65_HS1-834228961_62-HQ-83894_Section_7
Agency: FBI
Page 49
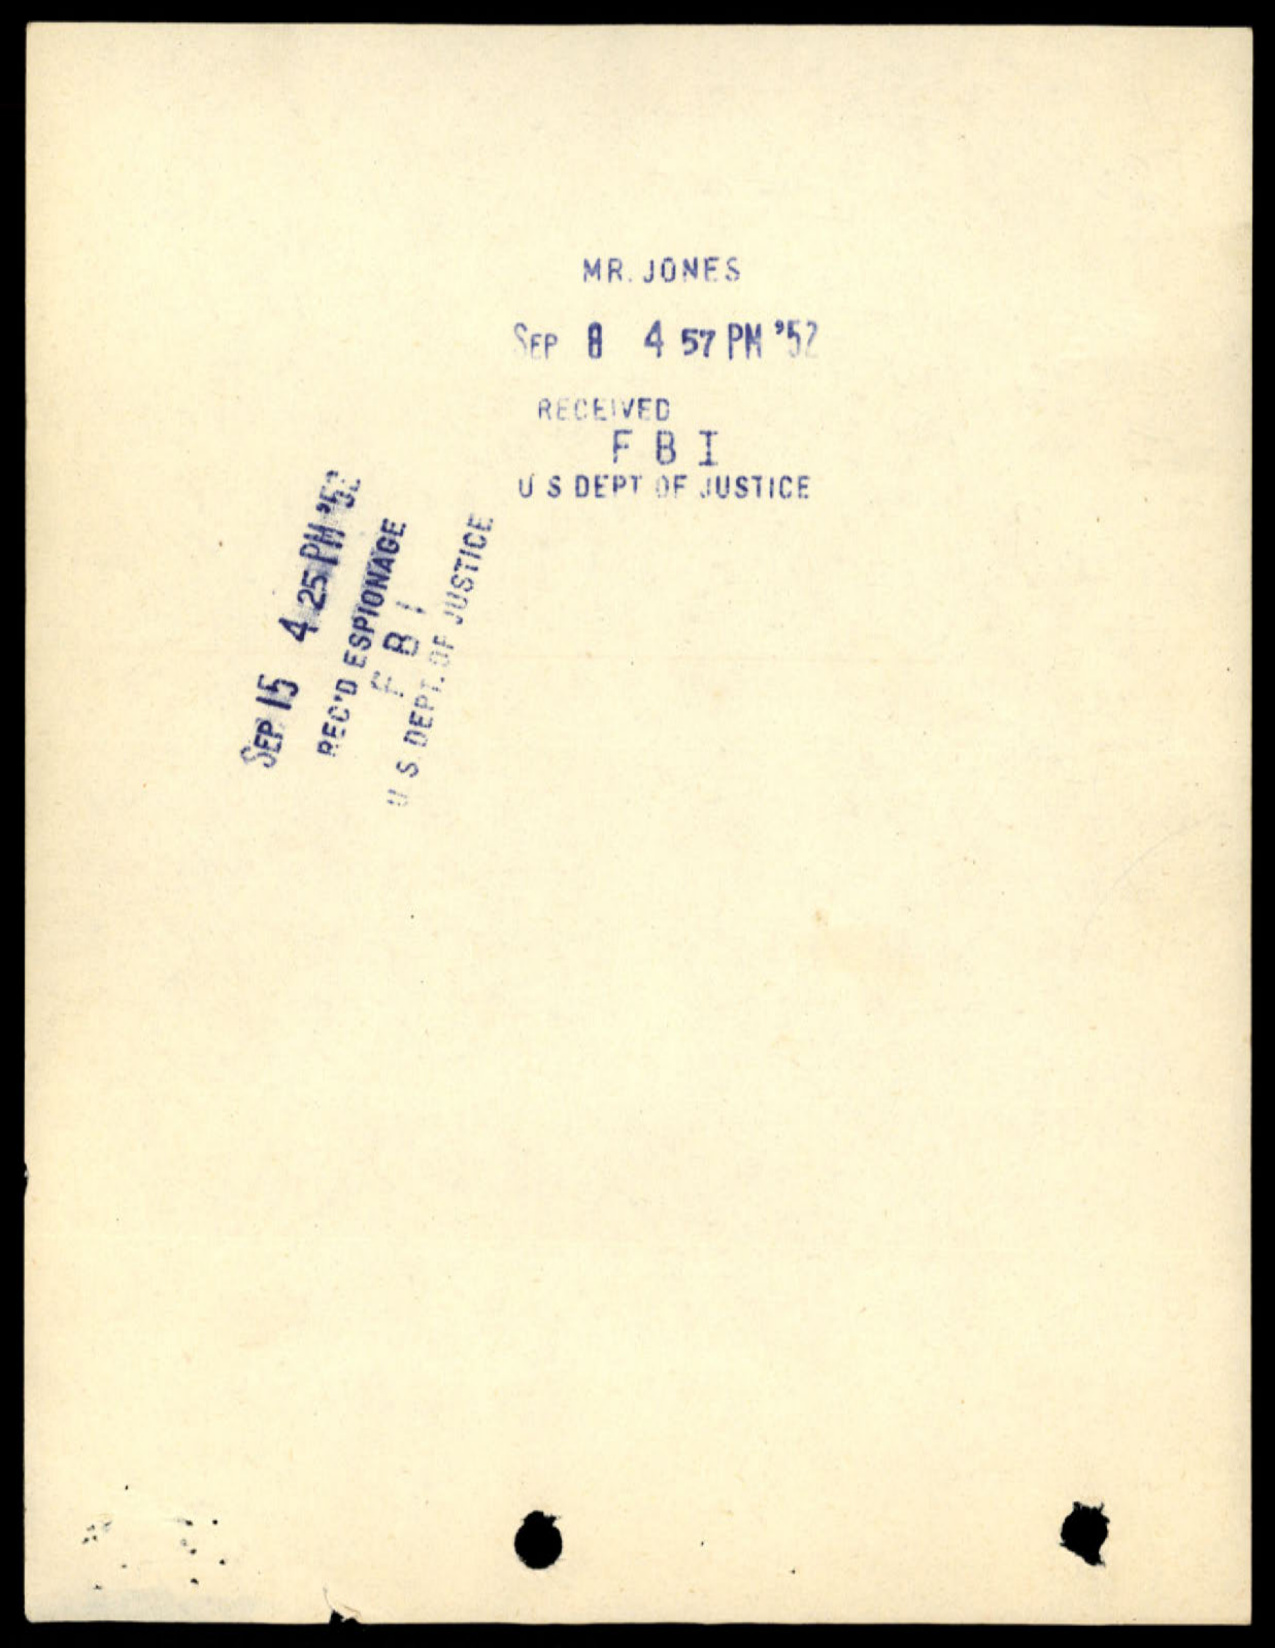